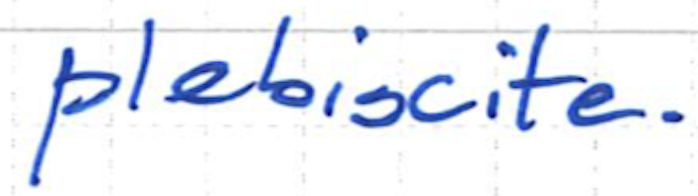
Text: plebiscite.
Cross-out: clean
Writing tool: ballpoint